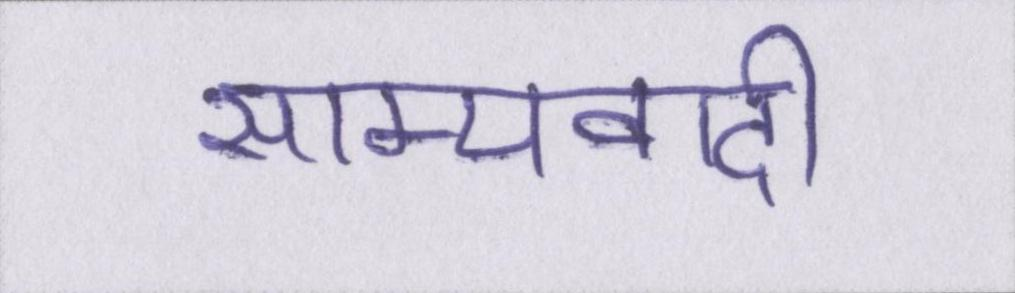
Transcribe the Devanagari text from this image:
साम्यवादी